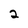
Character: 2